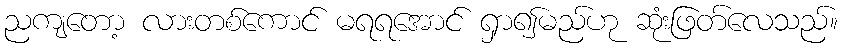
ညကျတော့ လားတစ်ကောင် မရရအောင် ရှာ၍မည်ဟု ဆုံးဖြတ်လေသည်။